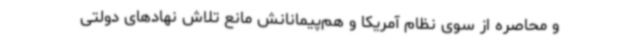
و محاصره از سوی نظام آمریکا و هم‌پیمانانش مانع تلاش نهادهای دولتی